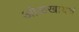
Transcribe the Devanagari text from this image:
ओळखायचं